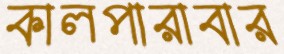
কালপারাবার